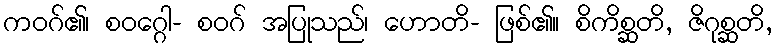
ကဝဂ်၏၊ စဝဂ္ဂေါ- စဝဂ် အပြုသည်၊ ဟောတိ- ဖြစ်၏။ စိကိစ္ဆတိ, ဇိဂုစ္ဆတိ,